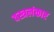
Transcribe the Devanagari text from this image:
वस्त्रलंकार